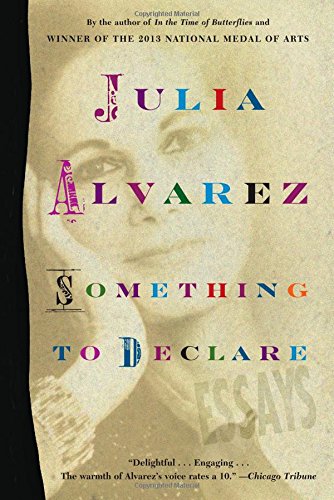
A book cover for Something to Declare: Essays; Julia Alvarez; Literature & Fiction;